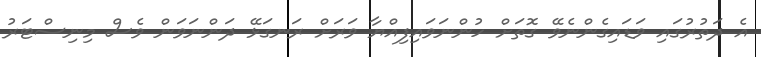
އެ ދަތުރުގައި ވަޑައިގެންނެވޭ ގޮތަށް ހުންނަވައިފިއްޔާ ވަރަށް ރަނގަޅޭ ދަންނަވަން ވެސް މިނިސްޓަރު